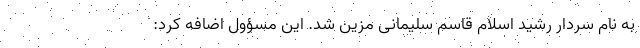
به نام سردار رشید اسلام قاسم سلیمانی مزین شد. این مسؤول اضافه کرد: